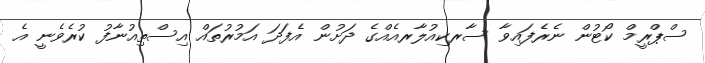
ސްޕްރީމް ކޯޓުން ނެރެފައިވާ ސާރކިއުލާރއެއްގެ ދަށުން އެފަދަ އަމުރުތައް އިސްތިއުނާފު ކުރެވެނީ އެ